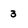
Character: 3